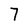
Character: 7